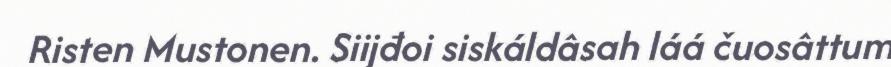
Risten Mustonen. Siijđoi siskáldâsah láá čuosâttum